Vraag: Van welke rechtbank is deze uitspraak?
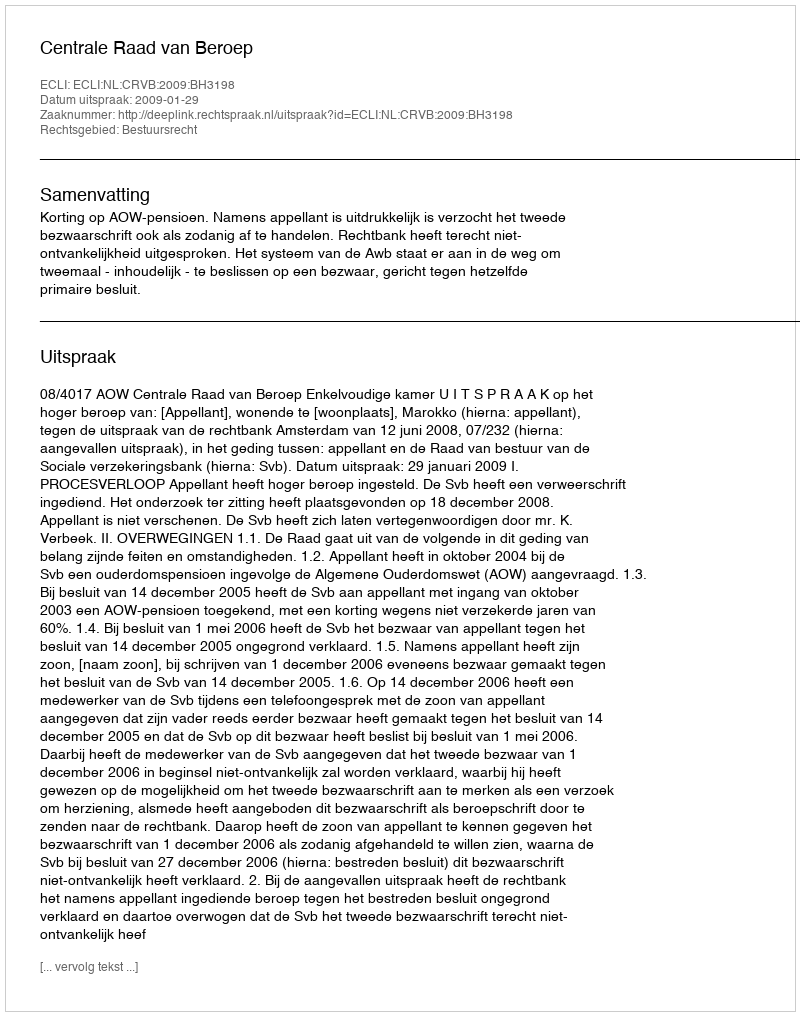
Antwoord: Centrale Raad van Beroep